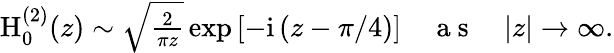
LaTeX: \begin{array}{r}{\mathrm{H}_{0}^{(2)}(z)\sim\sqrt{\frac{2}{\pi z}}\exp\left[-\mathrm{i}\left(z-\pi/4\right)\right]\quad\mathrm{~a~s~}\quad|z|\rightarrow\infty.}\end{array}